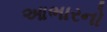
આભારનો